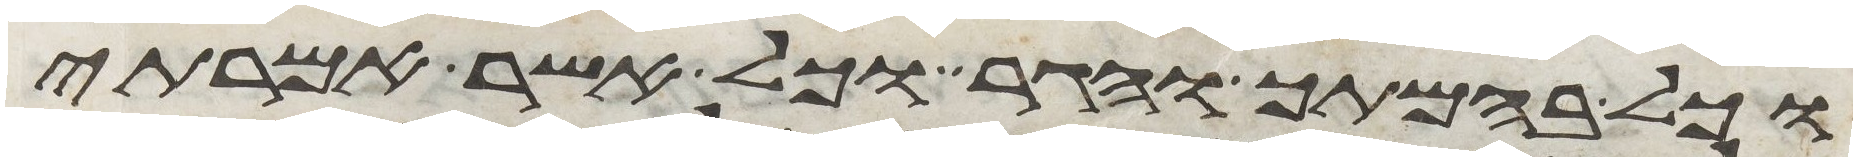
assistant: וכל בהמתך והגר וכל אשר אמרתי